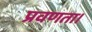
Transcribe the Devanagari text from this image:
प्रवणता।